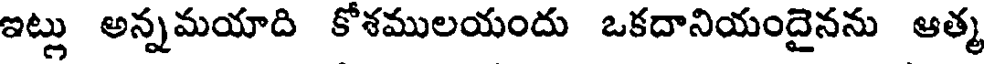
ఇట్లు అన్నమయాది కోశములయందు ఒకదానియందైనను ఆత్మ